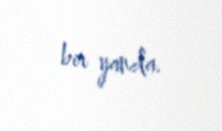
bir yanda.